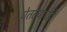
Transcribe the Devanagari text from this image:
घेतल्याचेही